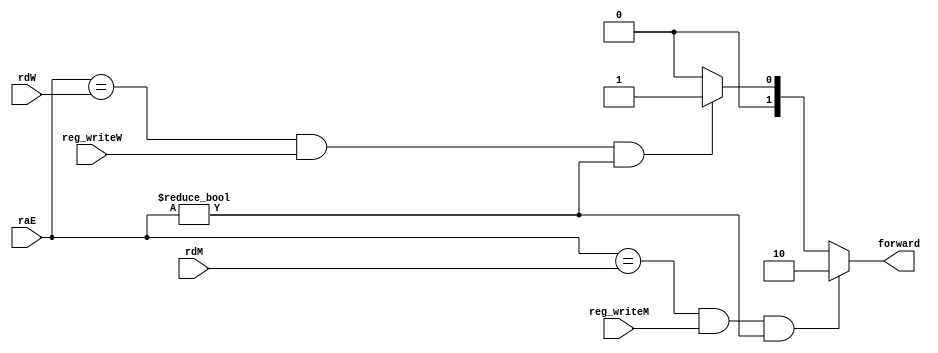
`define FORWARD_NO 2'b00
`define FORWARD_FROM_WB 2'b01
`define FORWARD_FROM_MEMORY 2'b10

module set_forward (
                     input [4:0] raE, rdM, rdW,
                     input reg_writeM, reg_writeW,
                     output [1:0] forward
                   );
    //
    assign forward = ((raE == rdM) && reg_writeM && (raE != 0)) ? `FORWARD_FROM_MEMORY :
                     ((raE == rdW) && reg_writeW && (raE != 0)) ? `FORWARD_FROM_WB :
                                                                  `FORWARD_NO;

endmodule